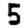
Digit: 5